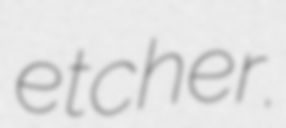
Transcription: etcher.